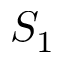
S _ { 1 }